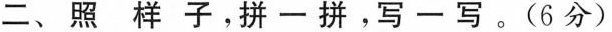
二、照样子，拼-拼，写一写。(6分)